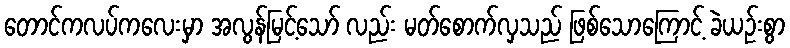
တောင်ကလပ်ကလေးမှာ အလွန်မြင့်သော် လည်း မတ်စောက်လှသည် ဖြစ်သောကြောင့် ခဲယဉ်းစွာ